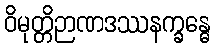
ဝိမုတ္တိဉာဏဒဿနက္ခန္ဓေ